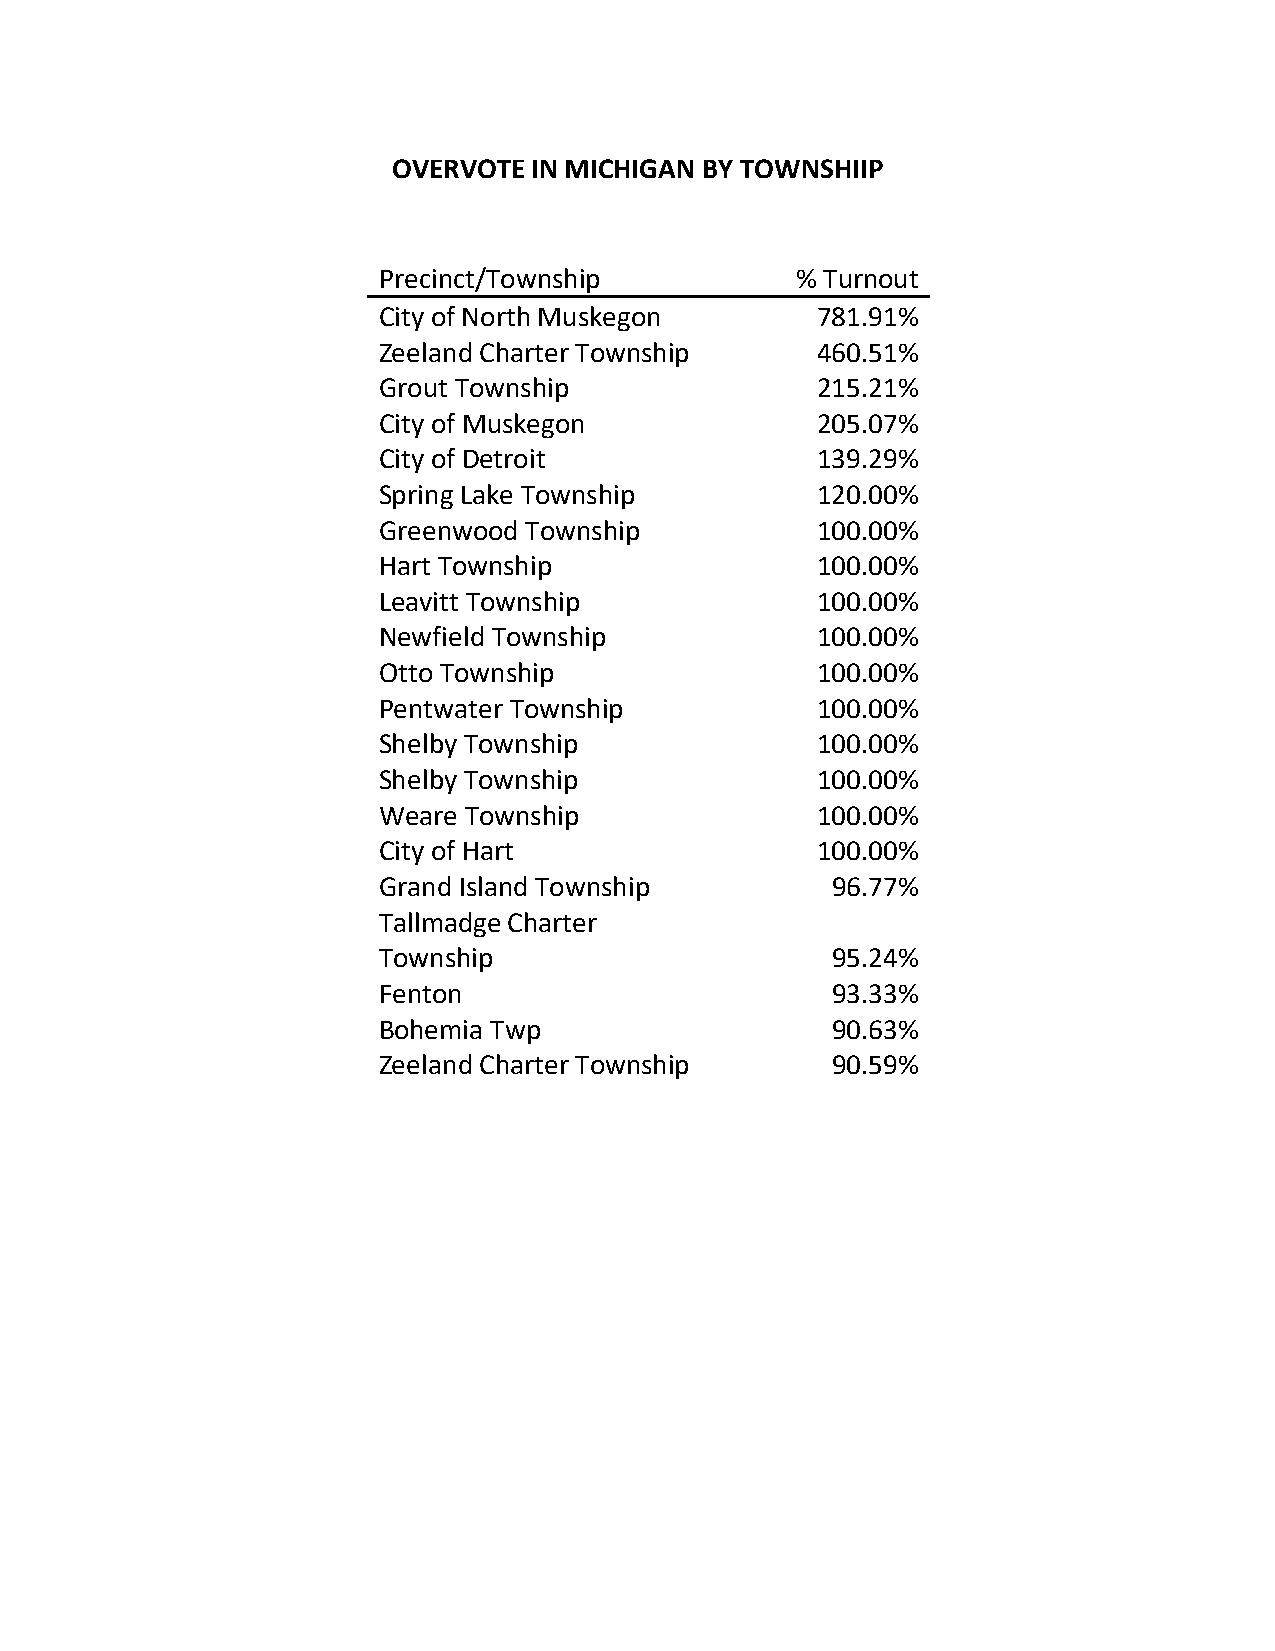
OVERVOTE IN MICHIGAN BY TOWNSHIIP
 Precinct/Township           % Turnout
 City of North Muskegon       781.91%
 Zeeland Charter Township     460.51%
 Grout Township               215.21%
 City of Muskegon             205.07%
 City of Detroit              139.29%
 Spring Lake Township         120.00%
 Greenwood Township           100.00%
 Hart Township                100.00%
 Leavitt Township             100.00%
 Newfield Township            100.00%
 Otto Township                100.00%
 Pentwater Township           100.00%
 Shelby Township              100.00%
 Shelby Township              100.00%
 Weare Township               100.00%
 City of Hart                 100.00%
 Grand Island Township         96.77%
 Tallmadge Charter
 Township                      95.24%
 Fenton                        93.33%
 Bohemia Twp                   90.63%
 Zeeland Charter Township      90.59%